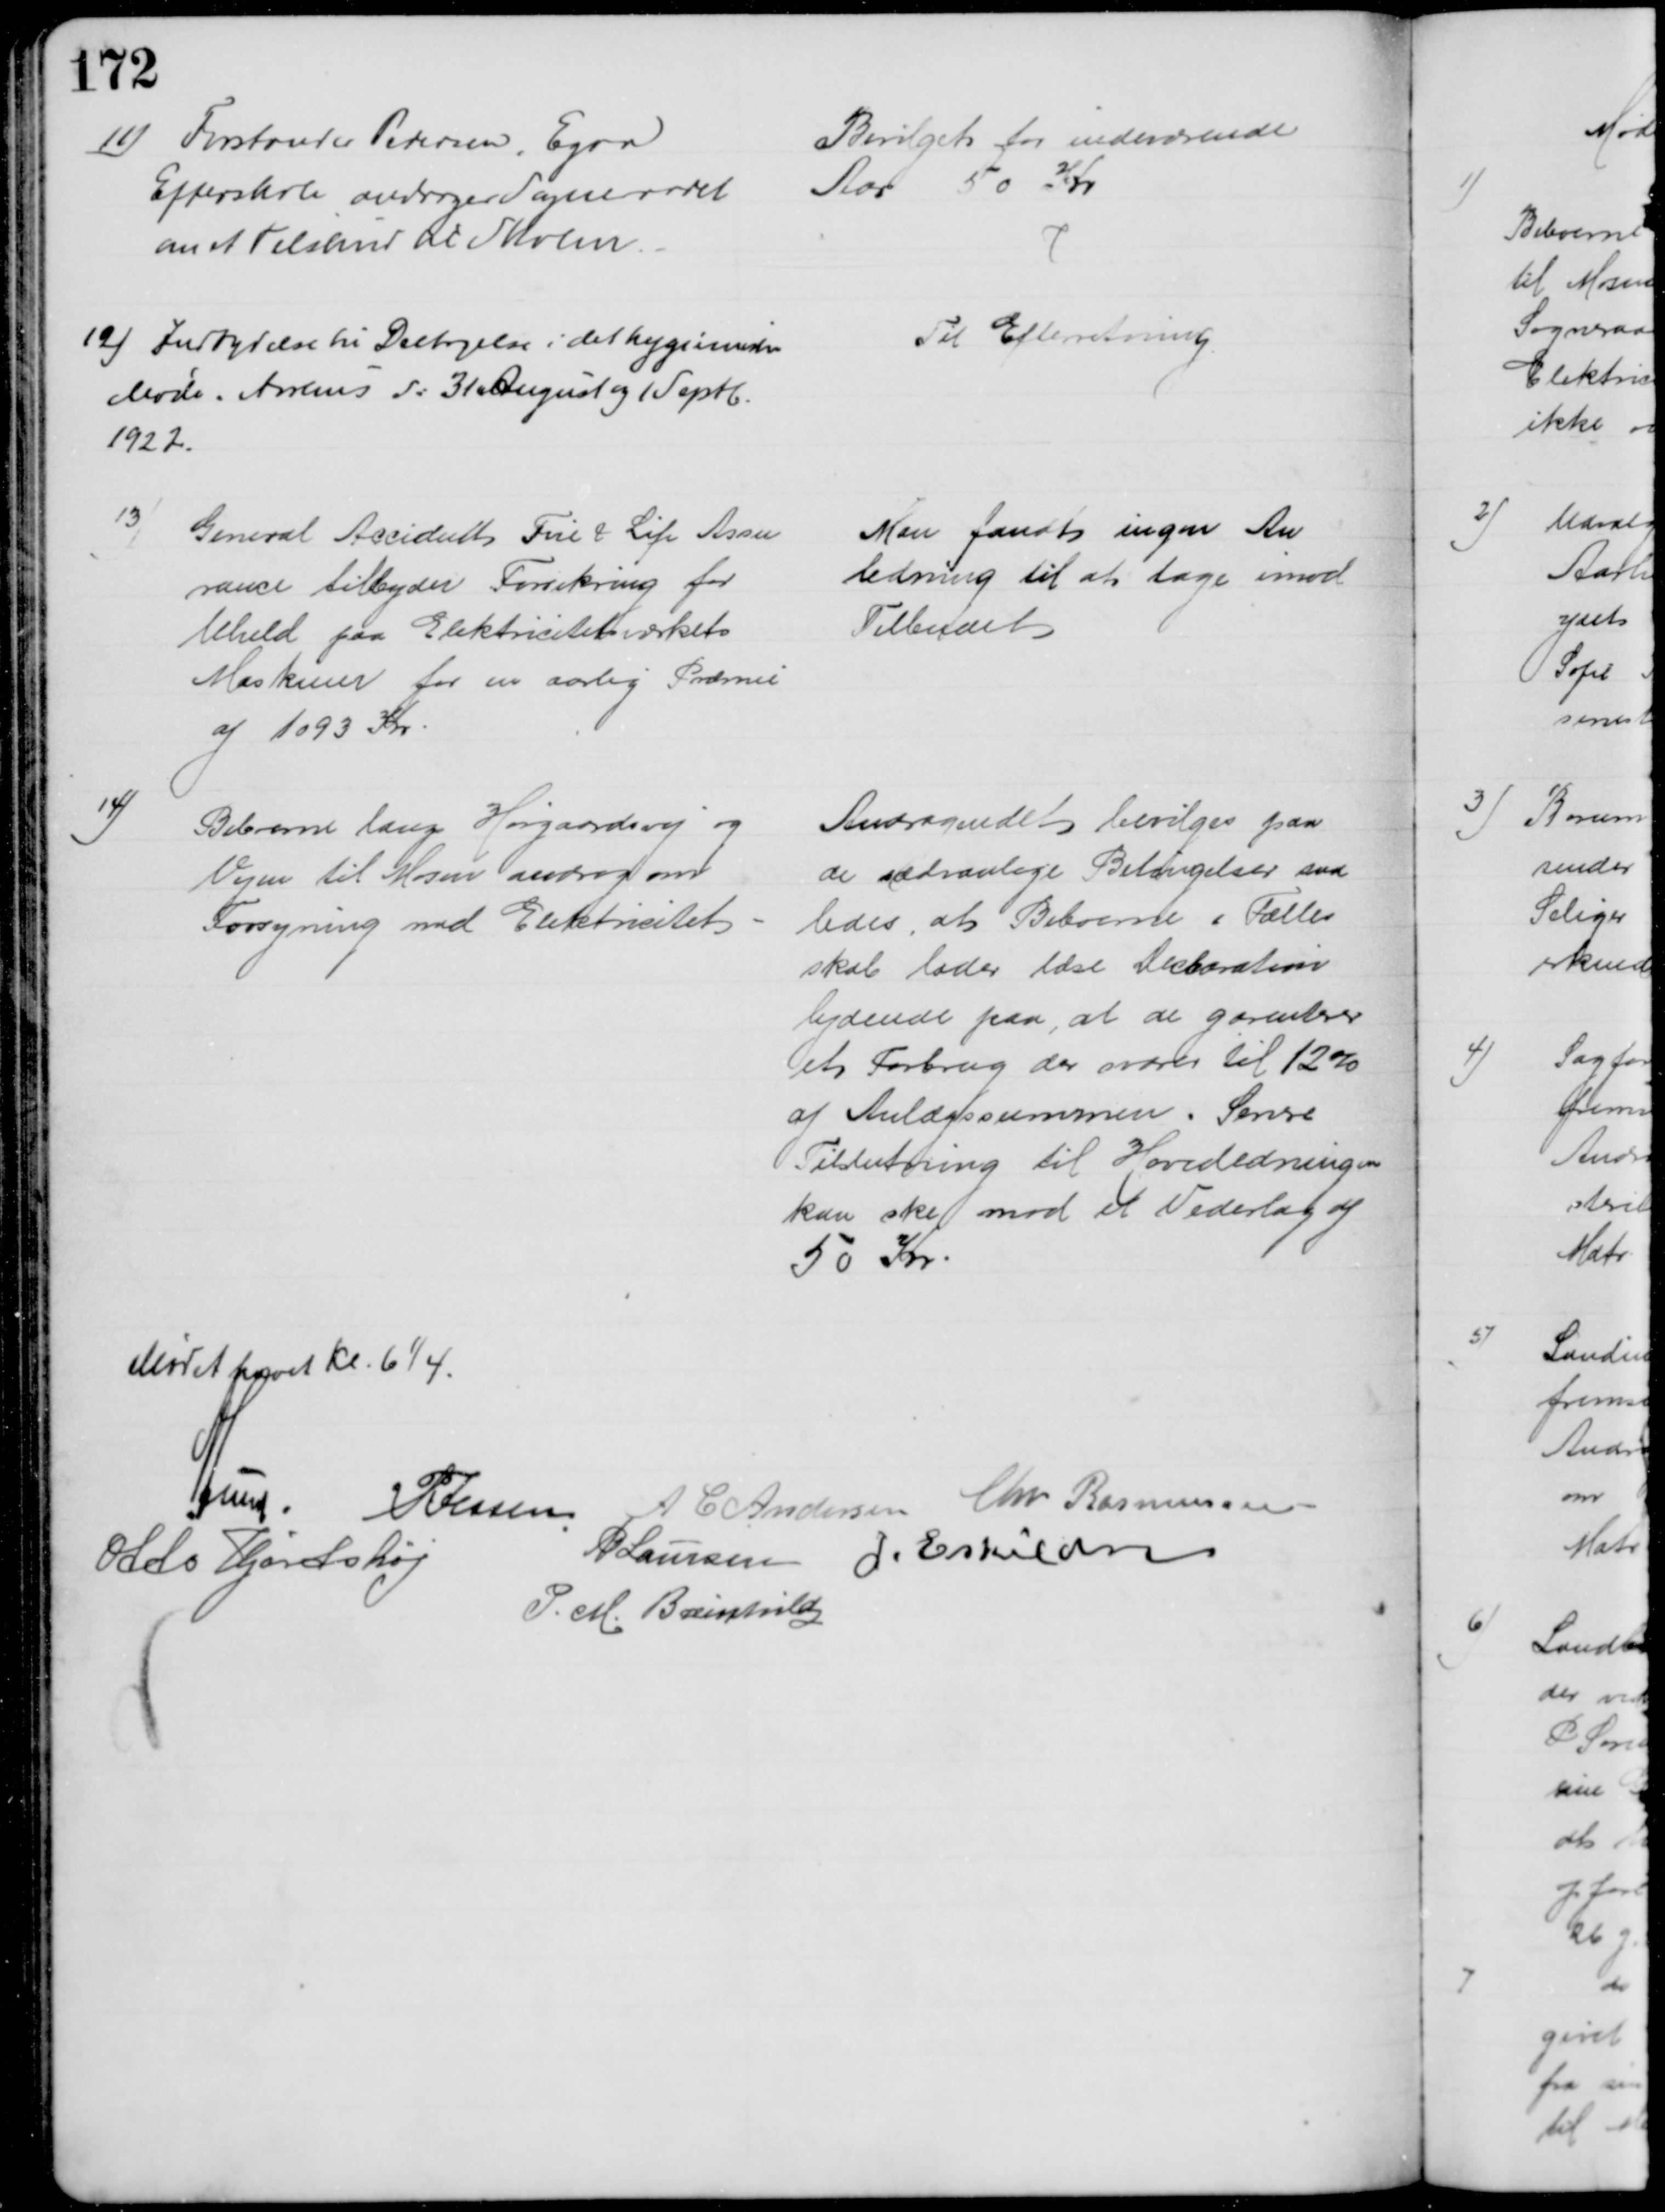
Transskription:
11) Forstander Pedersen, Egaa
Efterskole andrager Sogneraadet
om et Tilskud til Skolen
Bevilget for indeværende
Aar 50 Kr
12) Indbydelse til Deltagelse i det hygieiniske
Møde i Aarhus d: 31 August og 1 Septb.
1922.
Til Efterretning.
13)
General Accident Fire & Life Assu
rance tilbyder Forsikring for
Uheld paa Elektricitetsværkets
Maskiner for en aarlig Præmie
af 1093 Kr.
Man fandt ingen An
ledning til at tage imod 
Tilbudet
14)
Beboerne langs Hørgaardsvej og
Vejen til Mosen androg om
Forsyning med Elektricitet
Andragendet bevilges paa
de sædvanlige Betingelser saa
ledes, at Beboerne i Fælles
skab lader læse Declaration
lydende paa, at de garanterer
et Forbrug der svarer til 12%
af Anlægssummen. Senere
Tilslutning til Hovedledningen
kan ske mod et Vederlag af 
50 Kr.
Mødet havet Kl. 6¼.
A Lund 
P. Jessen
A C Andersen Chr. Rasmussen
Otto Hjortshøj
P Laursen J. Eskildsen
P. M. Breinhild